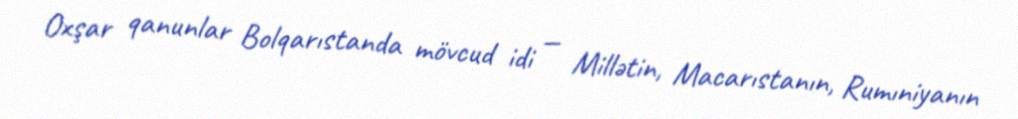
Oxşar qanunlar Bolqarıstanda mövcud idi — Millətin, Macarıstanın, Rumıniyanın